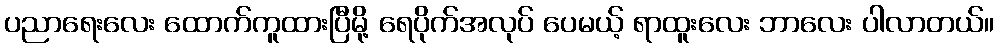
ပညာရေးလေး ထောက်ကူထားပြီမို့ ရေပိုက်အလုပ် ပေမယ့် ရာထူးလေး ဘာလေး ပါလာတယ်။